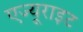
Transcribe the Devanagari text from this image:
एज्यूराइट